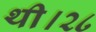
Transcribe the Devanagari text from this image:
थी।२८